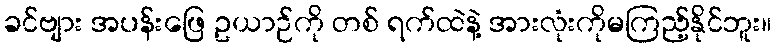
ခင်ဗျား အပန်းဖြေ ဥယာဉ်ကို တစ် ရက်ထဲနဲ့ အားလုံးကိုမကြည့်နိုင်ဘူး။